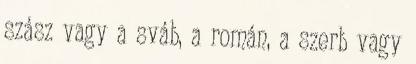
szász vagy a sváb, a román, a szerb vagy